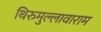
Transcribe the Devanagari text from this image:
थिरुमुल्लावाराम